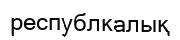
республкалық